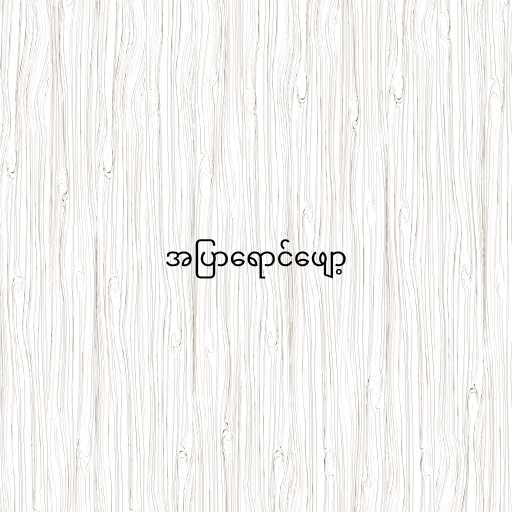
အပြာရောင်ဖျော့